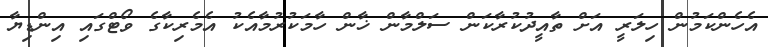
އެހެންކަމުން ހިލަރީ އަށް ތާއީދުކުރާކަން ސަލްމާން ޚާން ހާމަކުރުމާއެކު އެމެރިކާގެ ވޯޓްގައި އިންޑިޔާ